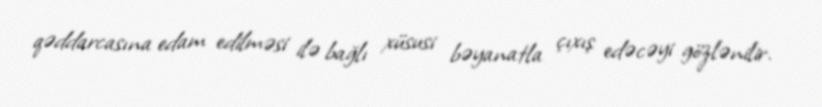
qəddarcasına edam edilməsi ilə bağlı xüsusi bəyanatla çıxış edəcəyi gözlənilir.